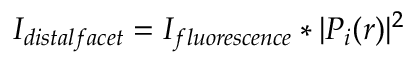
I _ { d i s t a l f a c e t } = I _ { f l u o r e s c e n c e } \ast | P _ { i } ( r ) | ^ { 2 }